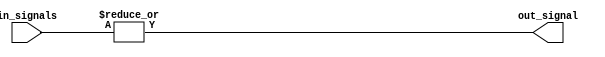
module OR_Gate_64 (
    input [63:0] in_signals,
    output out_signal
);

assign out_signal = |in_signals;

endmodule